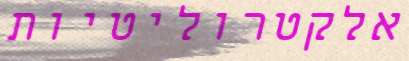
אלקטרוליטיות